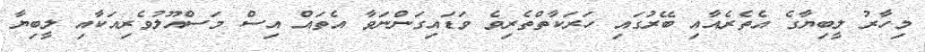
މިހާރު ލީބިޔާގެ އެތެރެއާއި ބޭރުގައި ހަރަކާތްތެރިވެ ވަޑައިގަންނަވާ އެތައް އިސް މަސްއޫލުވެރިއަކާއި ލީބިޔާ